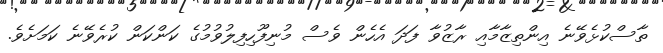
ތާސްކުޅެވޭނެ އިންތިޒާމާއި ރާޒުވާ ފަދަ އެހެން ވެސް މުނިފޫހިފިލުވުމުގެ ކަންކަން ކުރެވޭނެ ކަމަށެވެ.